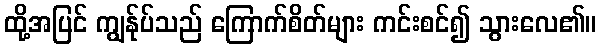
ထို့အပြင် ကျွန်ုပ်သည် ကြောက်စိတ်များ ကင်းစင်၍ သွားလေ၏။